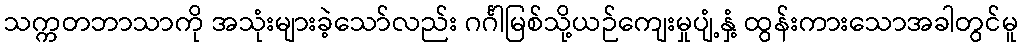
သက္ကတဘာသာကို အသုံးများခဲ့သော်လည်း ဂင်္ဂါမြစ်သို့ယဉ်ကျေးမှုပျံ့နှံ့ ထွန်းကားသောအခါတွင်မူ